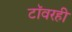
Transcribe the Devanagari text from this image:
टॉवरही